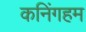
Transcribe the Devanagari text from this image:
कनिंगहम